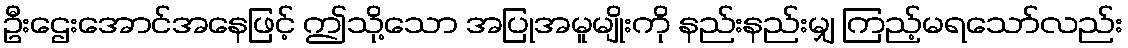
ဦးဌေးအောင်အနေဖြင့် ဤသို့သော အပြုအမူမျိုးကို နည်းနည်းမျှ ကြည့်မရသော်လည်း